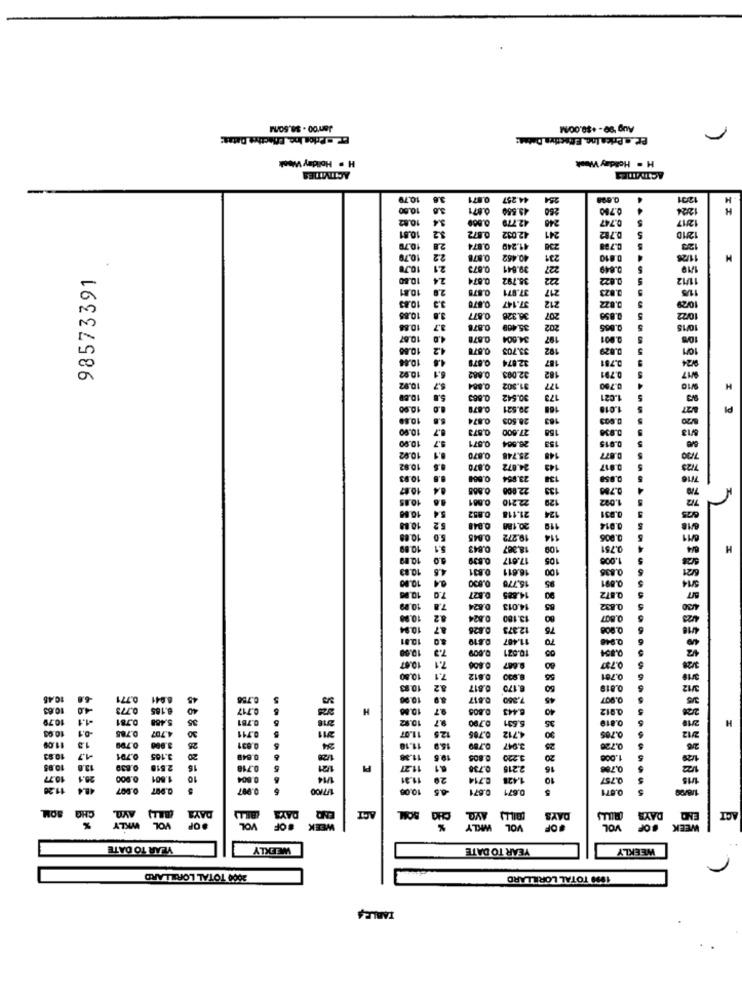
Jen'00 - $8.50/M
Aug '99- +$0.00/M
ET . Price Inc. Effective Dataa:
er @ Bricalno. Effectivea Daten:
H . Holiday Weak
H . Holliday Week
ACTIVITIES
10.79
3.6
0.871
44.257
254
0.098
1201
10.00
3.6
0.871
43.550
260
0.780
12024
10.82
3.4
0.000
42.779
240
0.747
12/17
10.81
3.2
0.872
42.032
241
D.782
5
12/10
10.79
28
0.874
41.249
230
0.788
120
10.79
22
0.871
40.452
231
0.810
11/28
10.78
21
0.873
39.841
227
0.049
98573391
24
0.874
38.792
222
0.822
11/12
10.81
2.0
0.875
37.971
217
3.823
11/5
10/29
10.83
3.3
0.870
37.147
212
1.822
10.86
3.8
0.877
30.328
207
10/22
10.88
3.7
0.878
35.409
202
0.805
10/15
10.87
4.0
0.878
34.004
197
2.001
10%
10.86
0.878
33.703
192
0.829
101
10.84
0.879
32.874
187
3.781
182
10.92
0.082
32.003
177
0.791
917
10.92
0.884
31.302
0.700
H
10.00
0.003
30.542
173
1.021
10.00
0.879
29.521
827
PI
10.80
0.874
28.509
163
20
10.00
0,873
27.600
158
8.7
0.571
28.564
153
10.00
0.015
10.92
0.870
25.748
148
0.877
10.02
0.870
24.872
143
3.817
10.93
0.000
23.954
138
3.850
10.87
22.000
133
3.788
10.85
0.001
22.210
129
1.002
54
0.852
124
3.831
10.00
21.118
10.88
5.2
0.048
20.180
119
0.014
10.08
0.045
19.272
114
0.906
10.09
5.1
0.843
18.367
109
2.751
H
6.0
0.839
17.617
105
1.000
10.83
4.8
0.831
16.611
100
9.836
04
15.770
95
0.891
10.80
14.885
10.00
7.0
90
10.99
7.8
0.824
14.013
10.00
8.2
0.824
13.180
80
0.807
10.94
87
0.826
12.373
10.81
0.819
11.487
TO
0.948
10.00
7.3
0.009
10.021
0.730
10.67
7.1
0.800
9.687
10.80
7.1
0.812
.930
56
0.781
10.83
8.2
0.817
6.170
50
0.819
10.48
0.77
8.941
10.00
8.9
0.617
7.350
45
0.907
10.63
8.185
H
10.88
9.7
0,805
8.443
40
0.912
10.71
-1.1
10.82
0.790
5.631
35
0.810
-0.1
4.707
126
H
11.07
0.785
4.712
0.705
26
3.000
24
1/28
11.18
169
0.789
3.947
25
0.720
10.83
3.105
20
11.38
19.6
0.805
3.220
20
1.000
1429
10.05
13.8
0,830
2.518
1/21
11.27
0.738
2.215
16
0,786
122
29.1
0,000
1.001
10
11.31
20
8.714
1.428
10
0.757
0.007
0.007
....
1/7100
10.00
6.5
0.671 0.671
0.871
1/8/09
5
SOM
CHO
DAYS
DAYS
ENQ
END
ACT
WILY
SOF
ACT
BILL AVO
DAYS
DAYS
WEEK
VOL WKLY
#OF
VOL
WEEK
YEAR TO DATE
WEEKLY
YEAR TO DATE
WEEKLY
2004 TOTAL LORILLARD
1999 TOTAL LORILLARD
TABLEA